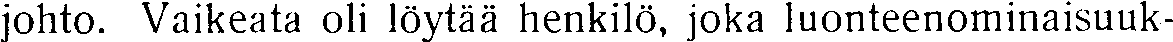
johto. Vaikeata oli löytää henkilö, joka luonteenominaisuuk-